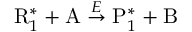
\mathrm { R } _ { 1 } ^ { * } + \mathrm { A } \stackrel { E } { \rightarrow } \mathrm { P } _ { 1 } ^ { * } + \mathrm { B }